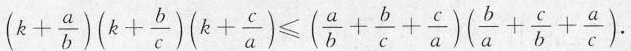
$$( k + \frac { a } { b } ) ( k + \frac { b } { c } ) ( k + \frac { c } { a } ) ≤ ( \frac { a } { b } + \frac { b } { c } + \frac { c } { a } ) (